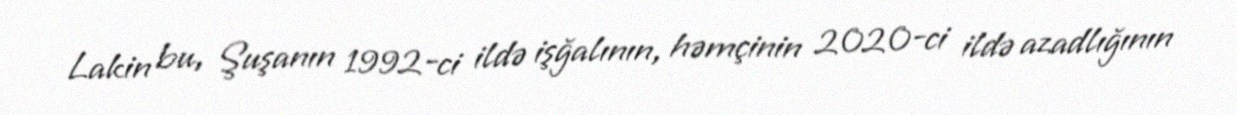
Lakin bu, Şuşanın 1992-ci ildə işğalının, həmçinin 2020-ci ildə azadlığının